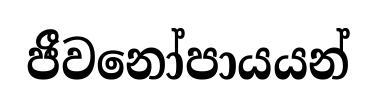
ජීවනෝපායයන්